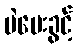
မဲပေးခွင့်